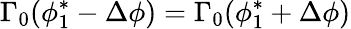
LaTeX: \Gamma_{0}(\phi_{1}^{*}-\Delta\phi)=\Gamma_{0}(\phi_{1}^{*}+\Delta\phi)